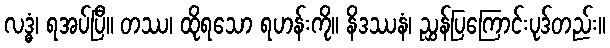
လဒ္ဓံ၊ ရအပ်ပြီ။ တဿ၊ ထိုရသော ရဟန်းကို။ နိဒဿနံ၊ ညွှန်ပြကြောင်းပုဒ်တည်း။